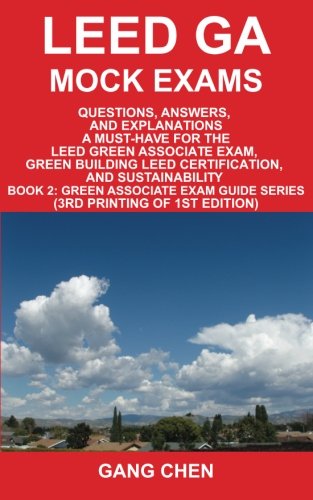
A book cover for LEED GA Mock Exams: Questions, Answers, and Explanations: A Must-Have for the LEED Green Associate Exam, Green Building LEED Certification, and Sustainability (Leed Exam Guides); Gang Chen; Crafts, Hobbies & Home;